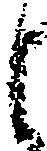
し